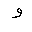
Letter: _waw